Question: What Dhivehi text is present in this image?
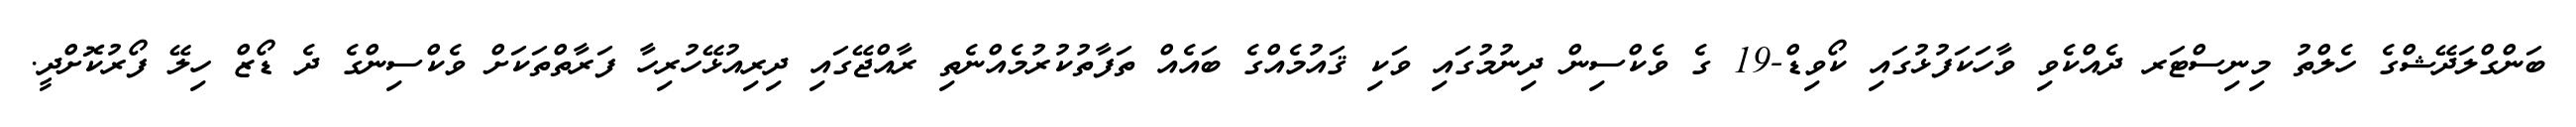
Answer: ބަންގްލަދޭޝްގެ ހެލްތު މިނިސްޓަރ ދެއްކެވި ވާހަކަފުޅުގައި ކޯވިޑް-19 ގެ ވެކްސިން ދިނުމުގައި ވަކި ޤައުމެއްގެ ބައެއް ތަފާތުކުރުމެއްނެތި ރާއްޖޭގައި ދިރިއުޅޭހުރިހާ ފަރާތްތަކަށް ވެކްސިންގެ ދެ ޑޯޒް ހިލޭ ފޯރުކޮށްދީ.